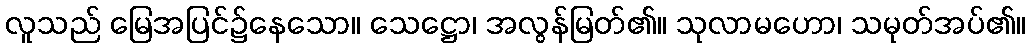
လူသည် မြေအပြင်၌နေသော။ သေဋ္ဌော၊ အလွန်မြတ်၏။ သုလာမဟော၊ သမုတ်အပ်၏။